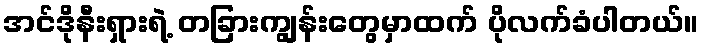
အင်ဒိုနီးရှားရဲ့ တခြားကျွန်းတွေမှာထက် ပိုလက်ခံပါတယ်။